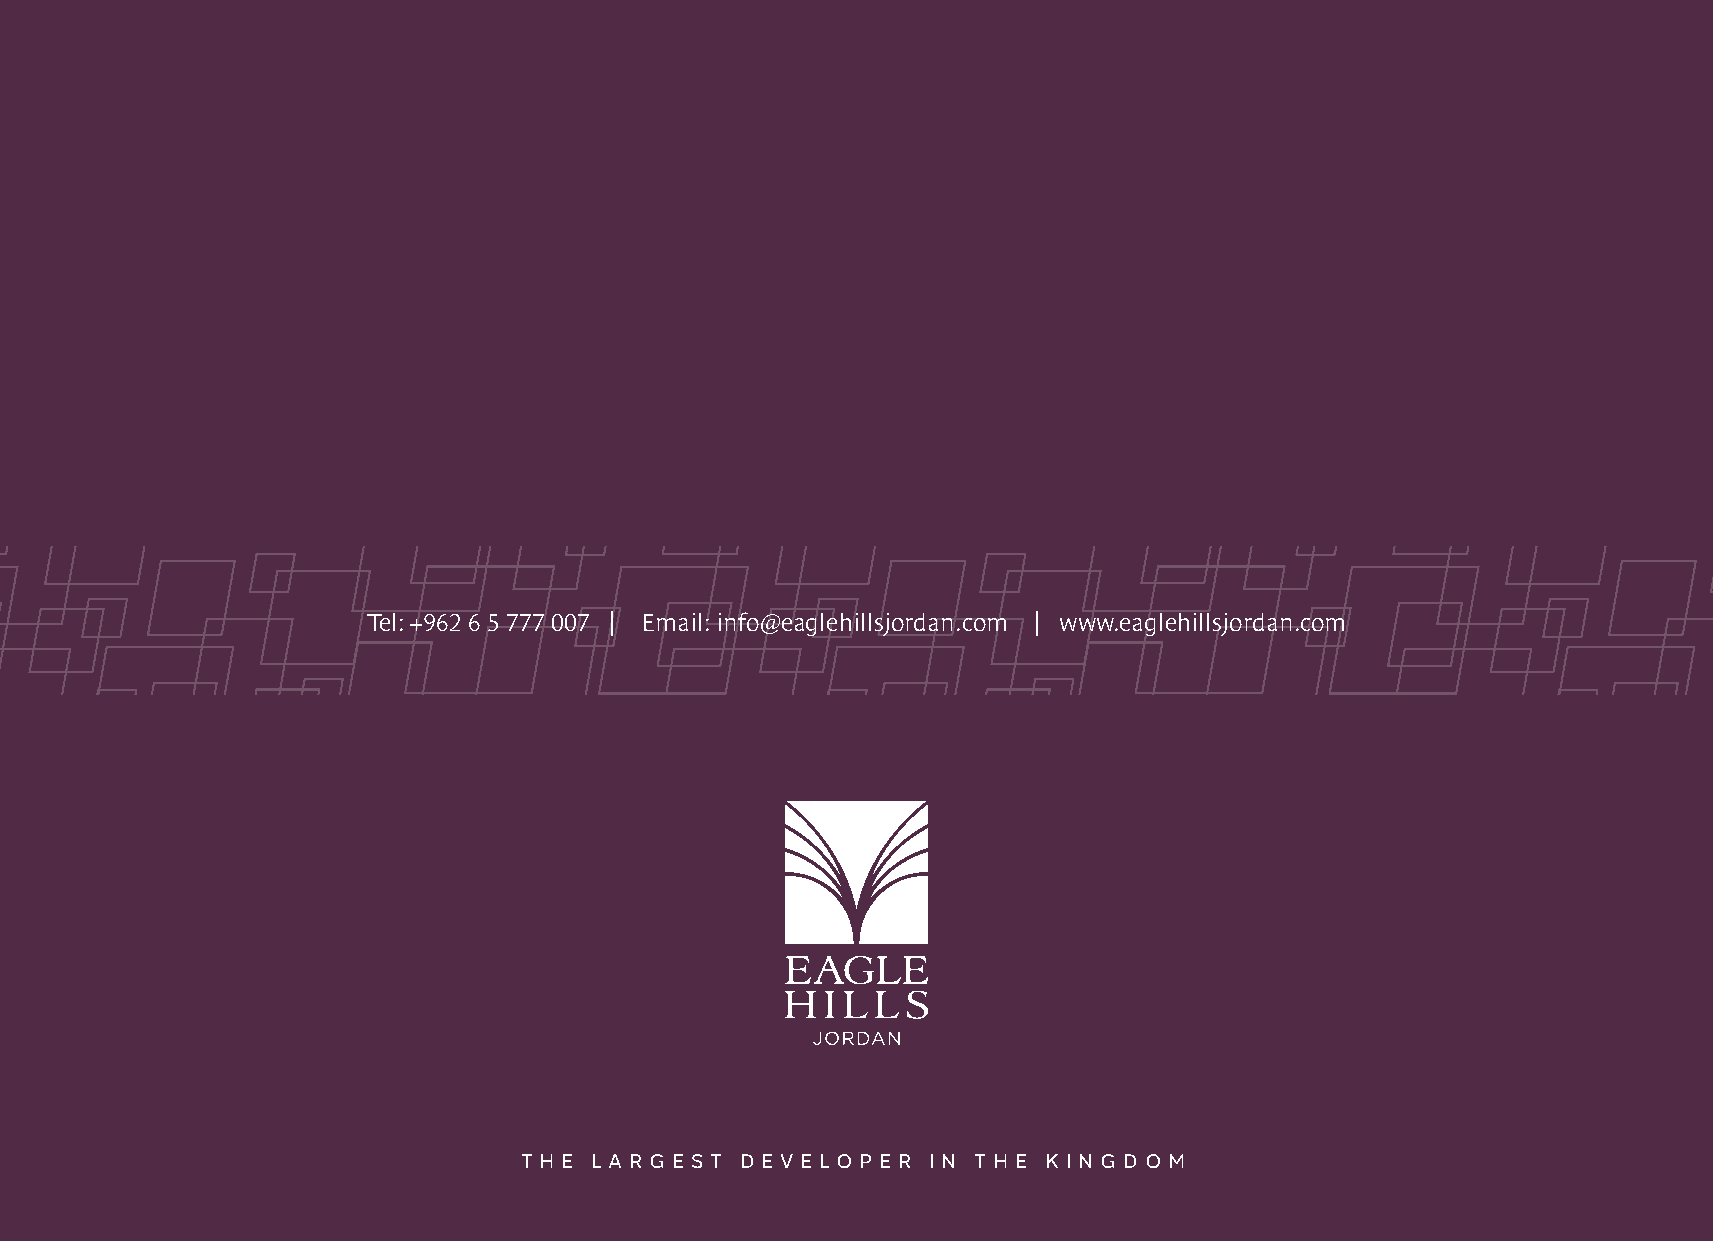
Tel: +962 6 5 777 007 | Email: info@eaglehillsjordan.com | www.eaglehillsjordan.com
 T H E L A R G E S T D E V E LO P E R I N T H E K I N G D O M